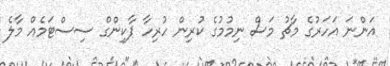
އަންނަ އަހަރުގެ މާޗު މަސް ނިމުމުގެ ކުރިން ހުރިހާ ޕާކިންގް ސިސްޓަމެއް މާލެ